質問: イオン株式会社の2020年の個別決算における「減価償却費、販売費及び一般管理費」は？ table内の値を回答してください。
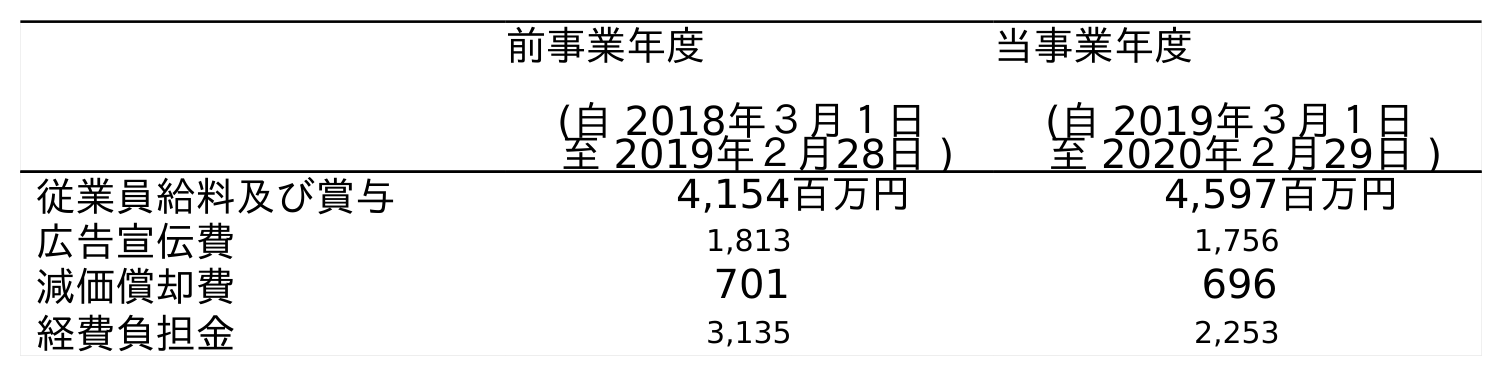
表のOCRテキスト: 前事業年度 (自 2018年３月１日 至 2019年２月28日 ) 当事業年度 (自 2019年３月１日 至 2020年２月29日 ) 従業員給料及び賞与 4,154百万円 4,597百万円 広告宣伝費 1,813 1,756 減価償却費 701 696 経費負担金 3,135 2,253
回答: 696